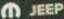
MJEEP